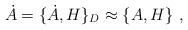
LaTeX: \begin{align*}\dot{A}=\{\dot{A},H\}_D\approx \{A,H\}\ ,\end{align*}